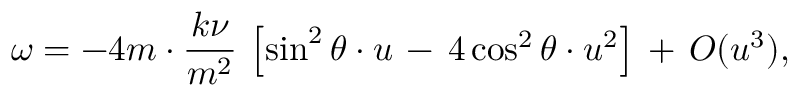
\omega = - 4 m \cdot \frac { k \nu } { m ^ { 2 } } \, \left[ \sin ^ { 2 } \theta \cdot u \, - \, 4 \cos ^ { 2 } \theta \cdot u ^ { 2 } \right] \, + \, { \cal O } ( u ^ { 3 } ) ,